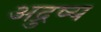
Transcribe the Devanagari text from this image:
अद्रुष्य